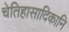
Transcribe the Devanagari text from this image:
चेतिहासादिकानि